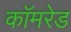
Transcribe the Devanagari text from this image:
काॅमरेड